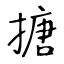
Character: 搪